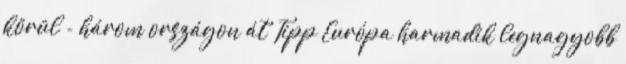
körül - három országon át Tipp Európa harmadik legnagyobb